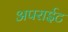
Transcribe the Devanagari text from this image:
अपराईट